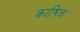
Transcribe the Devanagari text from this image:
काषिज्ञ